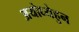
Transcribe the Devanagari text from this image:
अयोध्येहुन